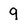
Character: 9